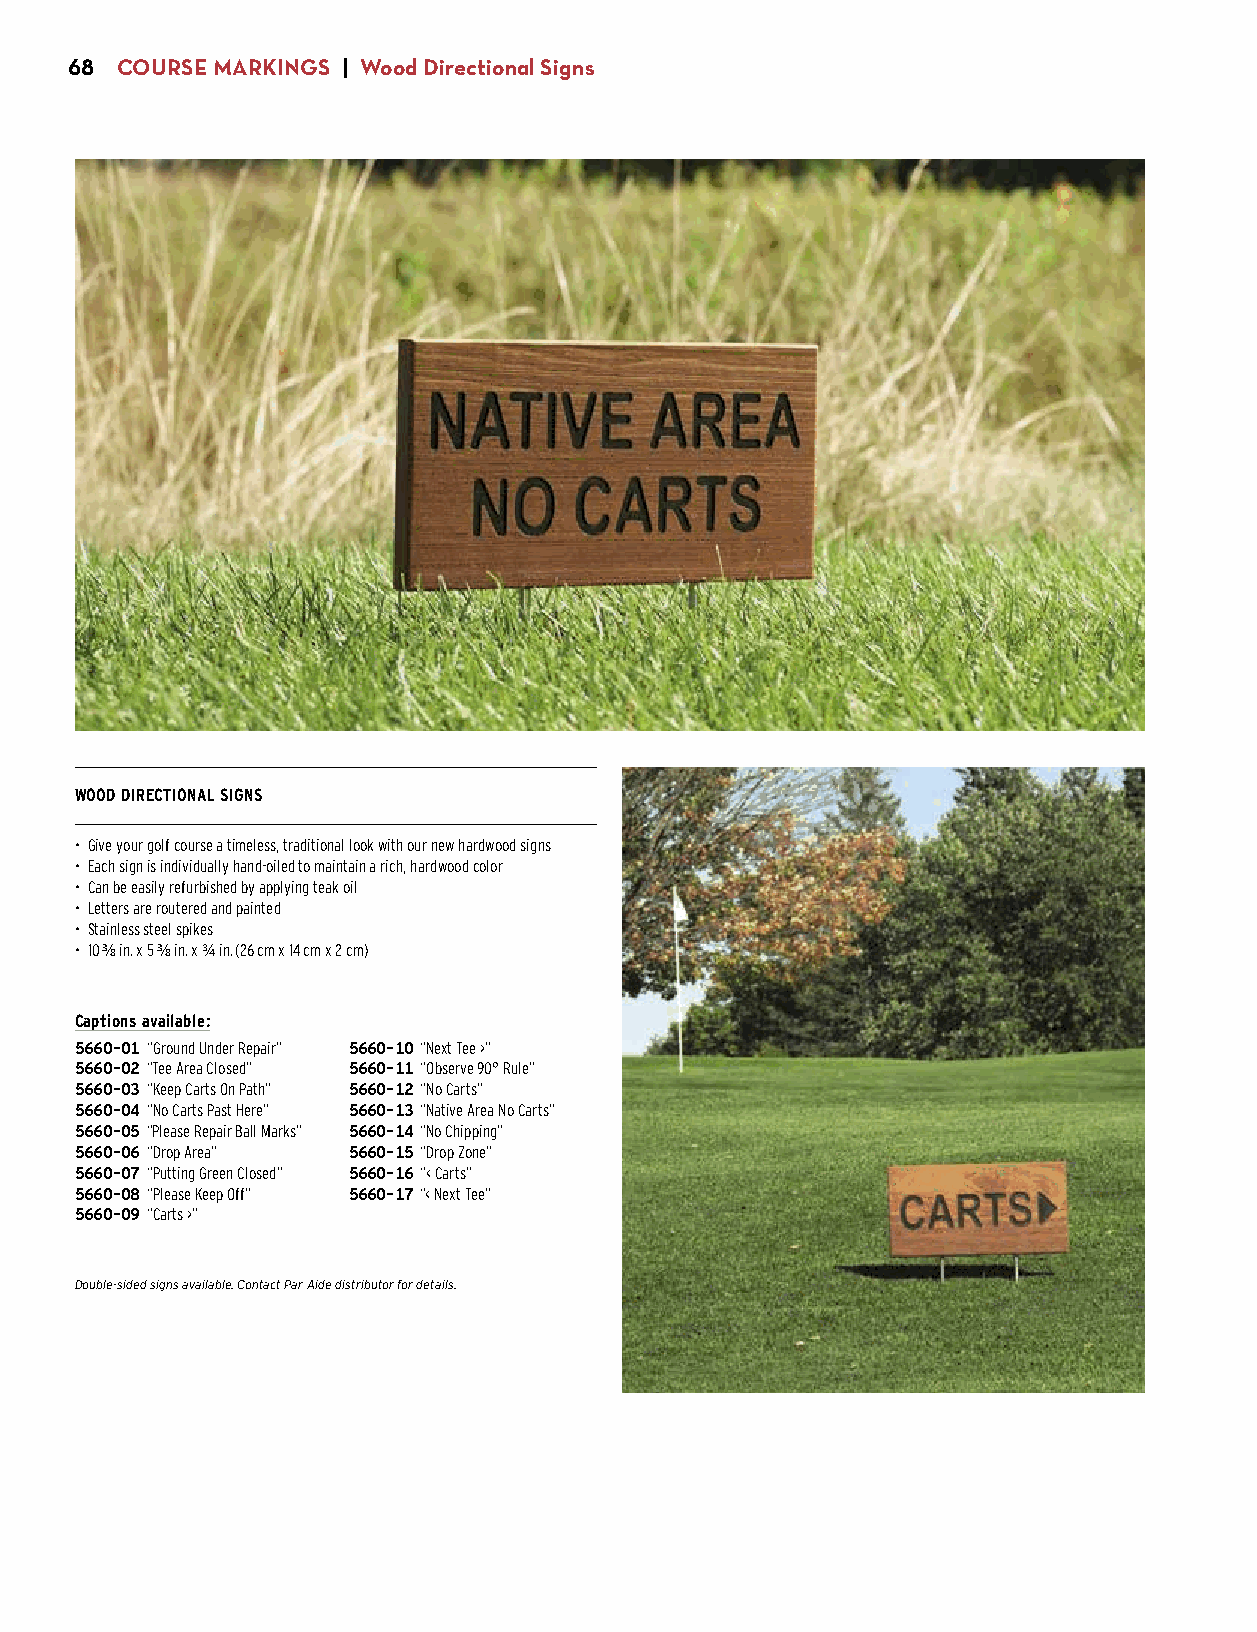
68  COURSE MARKINGS | Wood Directional Signs
 WOOD DIRECTIONAL SIGNS
 • Give your golf course a timeless, traditional look with our new hardwood signs
 • Each sign is individually hand-oiled to maintain a rich, hardwood color
 • Can be easily refurbished by applying teak oil
 • Letters are routered and painted
 • Stainless steel spikes
 • 10 3/8 in. x 5 3/8 in. x 3/4 in. (26 cm x 14 cm x 2 cm)
 Captions available:
 5660-01 “Ground Under Repair” 5660-10 “Next Tee >”
 5660-02 “Tee Area Closed” 5660-11 “Observe 90° Rule”
 5660-03 “Keep Carts On Path” 5660-12 “No Carts”
 5660-04 “No Carts Past Here” 5660-13 “Native Area No Carts”
 5660-05 “Please Repair Ball Marks” 5660-14 “No Chipping”
 5660-06 “Drop Area” 5660-15 “Drop Zone”
 5660-07 “Putting Green Closed” 5660-16 “< Carts”
 5660-08 “Please Keep Off” 5660-17 “< Next Tee”
 5660-09 “Carts >”
 $34.00
 Double-sided signs available. Contact Par Aide distributor for details.